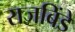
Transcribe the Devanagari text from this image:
राजबिंडे